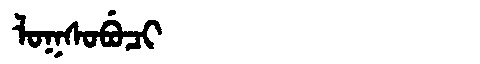
Manchu: ᠯᠣᡴᠰᠣᠪᡠᠴᡳ
Romanization: LOKSOBUCI